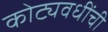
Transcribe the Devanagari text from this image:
कोट्यवधींची